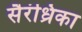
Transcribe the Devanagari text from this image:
सैरंध्रिका